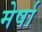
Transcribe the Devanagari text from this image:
मेर्षा